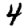
Digit: 4